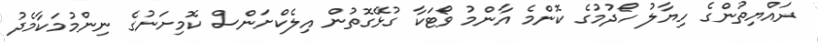
ރައްޔިތުންގެ ހިޔާލު ހޯދުމުގެ ކޮންމެ އާންމު ވޯޓަކާ ގުޅޭގޮތުން އިލެކްށަންސް ކޮމިށަނުގެ ނިންމުމަކާމެދު